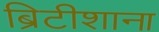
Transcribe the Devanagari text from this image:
ब्रिटीशाना